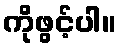
ကိုဖွင့်ပါ။